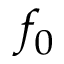
f _ { 0 }